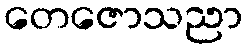
တေဇောသညာ